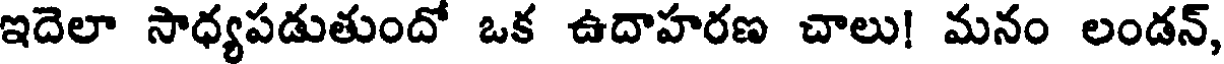
ఇదెలా సాధ్యపడుతుందో ఒక ఉదాహరణ చాలు! మనం లండన్,